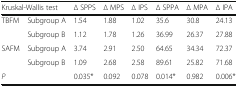
<table><thead><tr><td colspan="2"><b>Kruskal-Wallis test</b></td><td><b>∆ SPPS</b></td><td><b>∆ MPS</b></td><td><b>∆ IPS</b></td><td><b>∆ SPPA</b></td><td><b>∆ MPA</b></td><td><b>∆ IPA</b></td></tr></thead><tbody><tr><td rowspan="2">TBFM</td><td>Subgroup A</td><td>1.54</td><td>1.88</td><td>1.02</td><td>35.6</td><td>30.8</td><td>24.13</td></tr><tr><td>Subgroup B</td><td>1.12</td><td>1.78</td><td>1.26</td><td>36.99</td><td>26.37</td><td>27.88</td></tr><tr><td rowspan="2">SAFM</td><td>Subgroup A</td><td>3.74</td><td>2.91</td><td>2.50</td><td>64.65</td><td>34.34</td><td>72.37</td></tr><tr><td>Subgroup B</td><td>1.09</td><td>2.68</td><td>2.58</td><td>89.61</td><td>25.82</td><td>71.68</td></tr><tr><td colspan="2"><i>P</i></td><td>0.035*</td><td>0.092</td><td>0.078</td><td>0.014*</td><td>0.982</td><td>0.006*</td></tr></tbody></table>